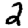
Digit: 2